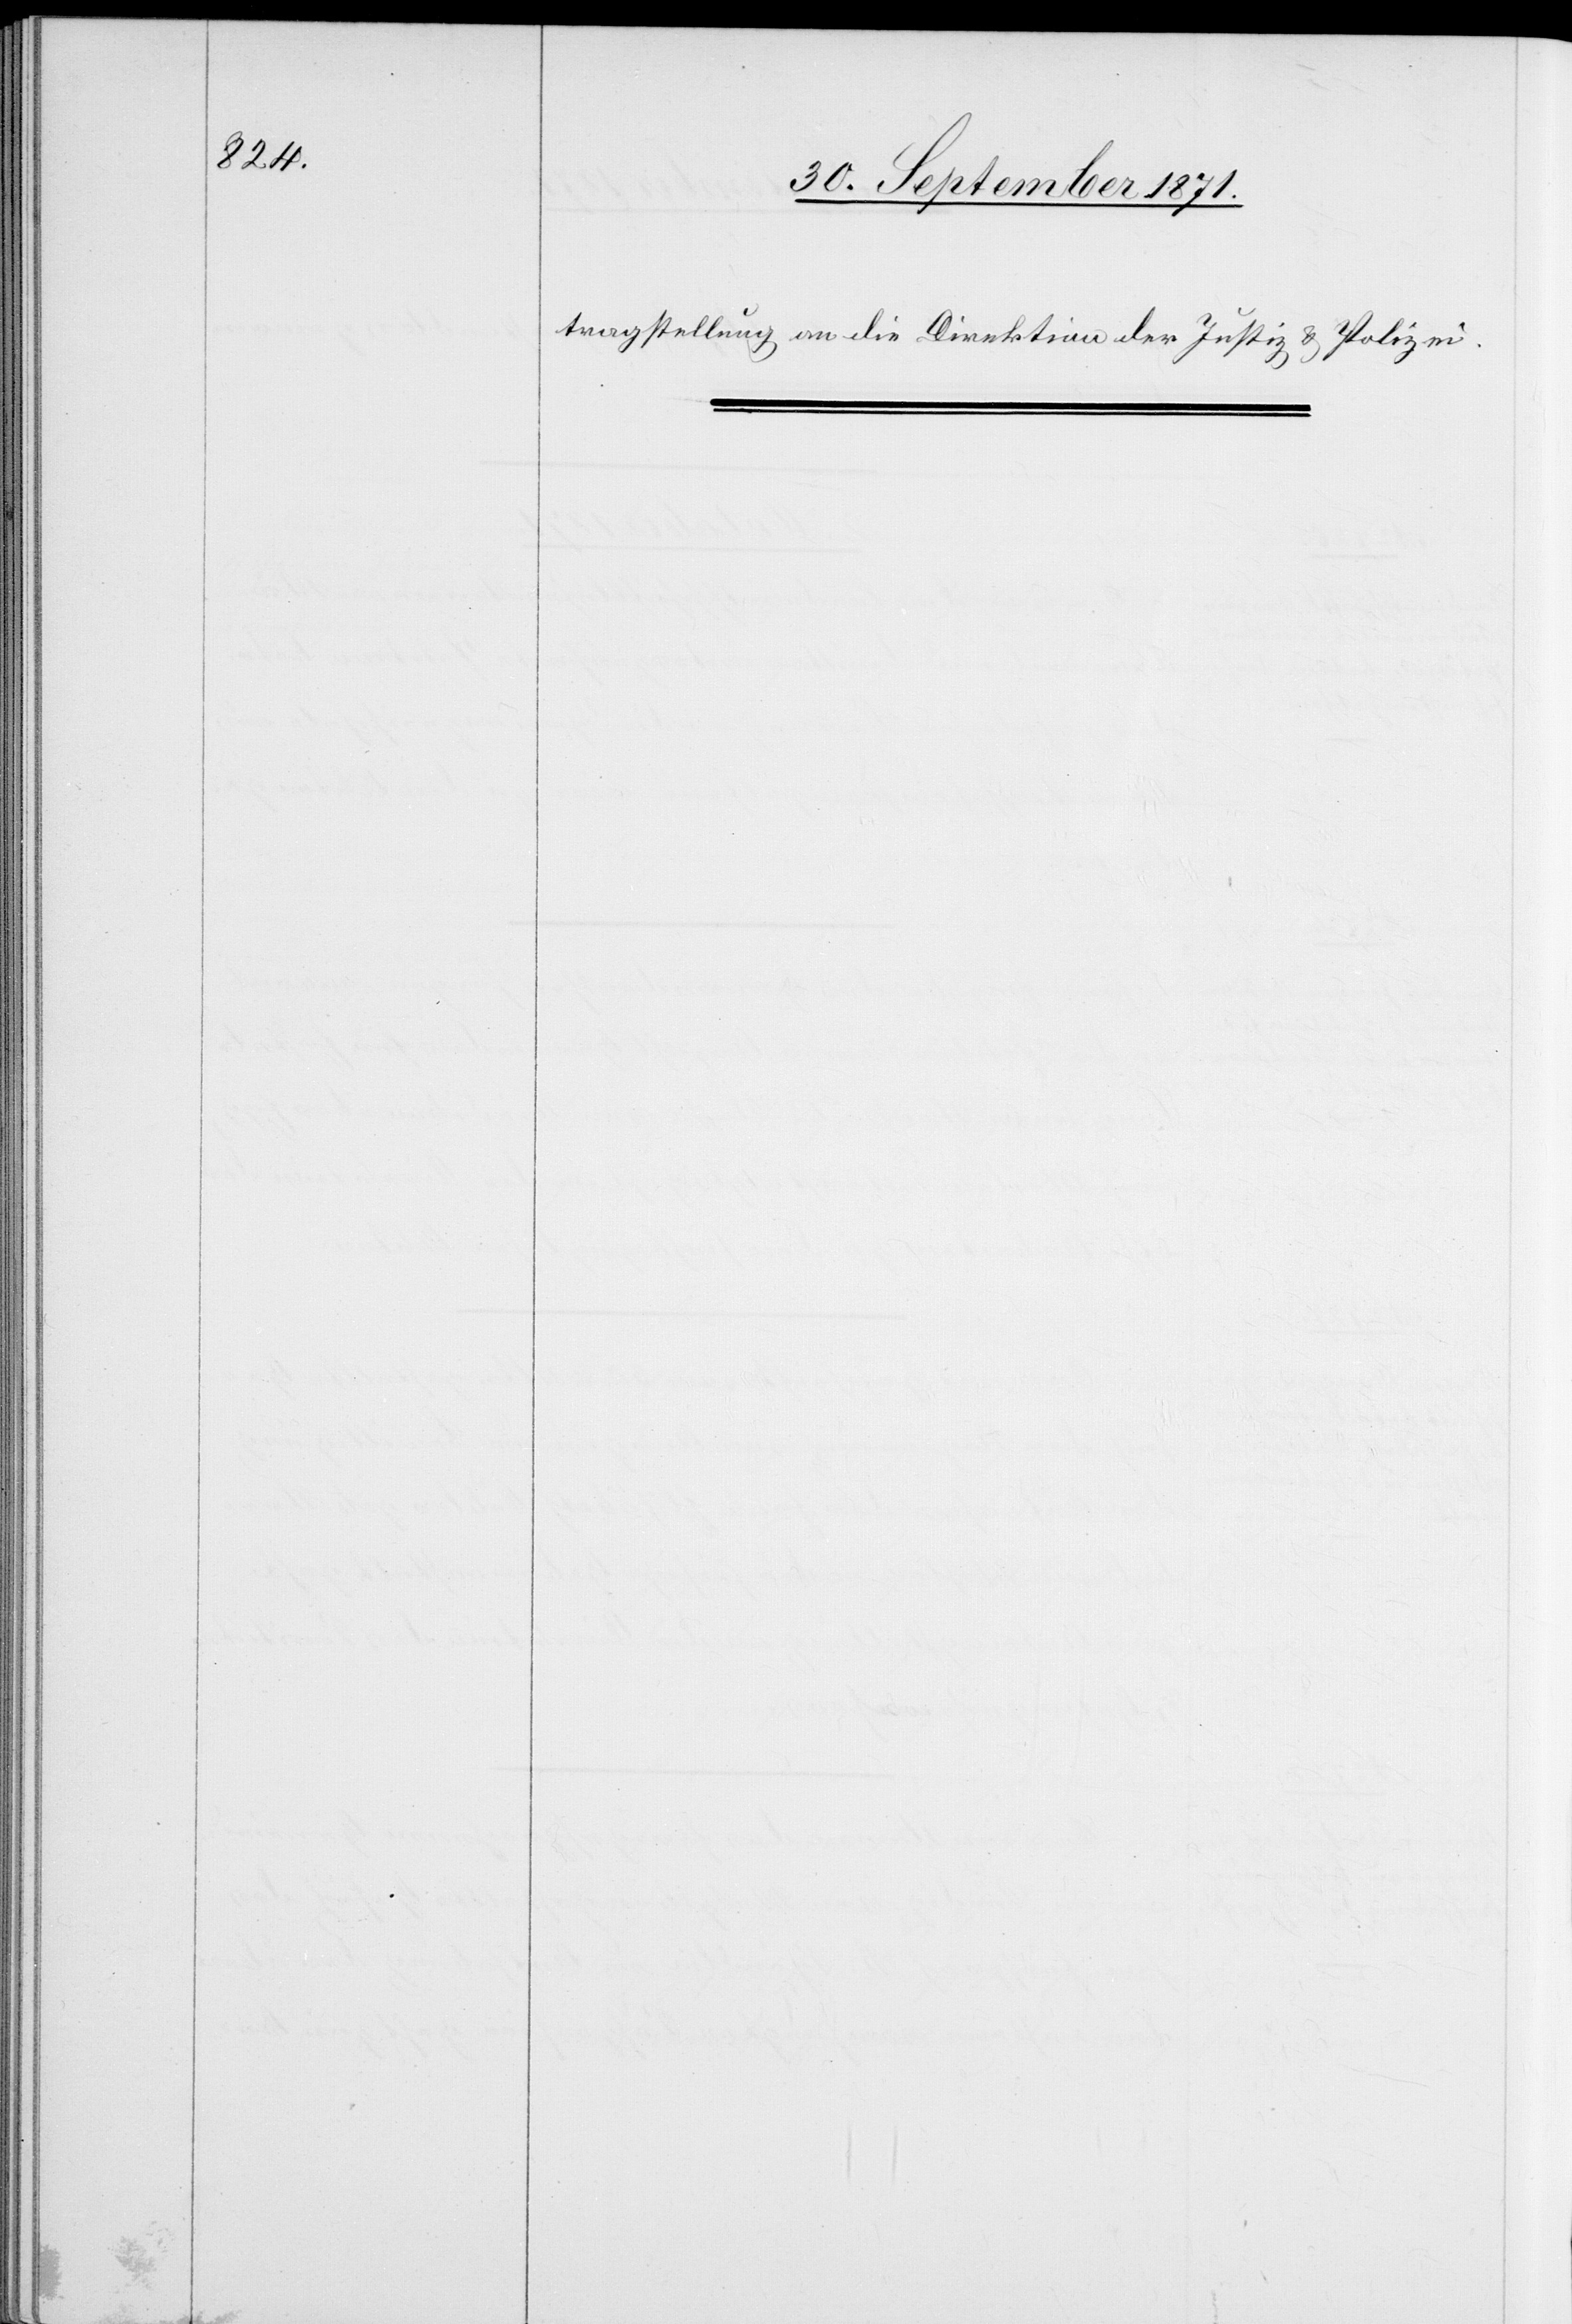
tragstellung an die Direktion der Justiz & Polizei.